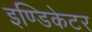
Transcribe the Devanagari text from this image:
इण्डिकेटर